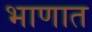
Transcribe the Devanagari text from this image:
भाणात